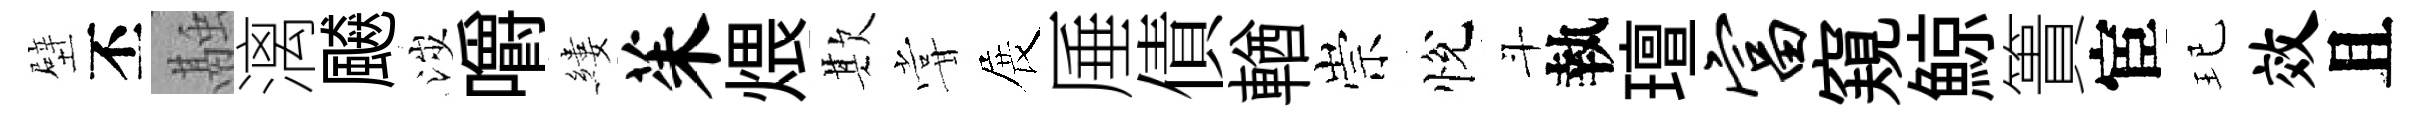
壁丕融漓飇涉嚼縷茱煨欺甞展厜債輶崇悅斗執璮富窺鯨簣宦玘效且